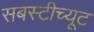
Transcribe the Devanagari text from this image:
सबस्टीच्यूट